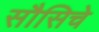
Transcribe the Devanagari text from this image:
सौसिचे